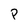
Character: P